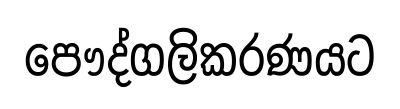
පෞද්ගලිකරණයට